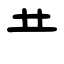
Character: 龷